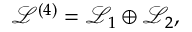
{ \mathcal { L } } ^ { ( 4 ) } = { \mathcal { L } } _ { 1 } \oplus { \mathcal { L } } _ { 2 } ,